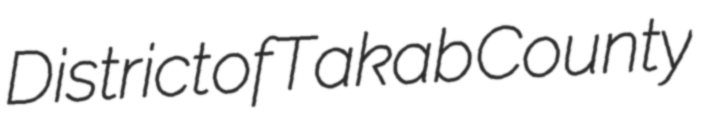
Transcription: District of Takab County